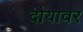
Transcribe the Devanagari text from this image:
दौयावर